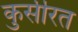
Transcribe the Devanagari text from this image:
कुर्सीरत